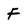
Character: F